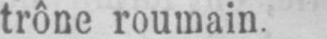
trône roumain.